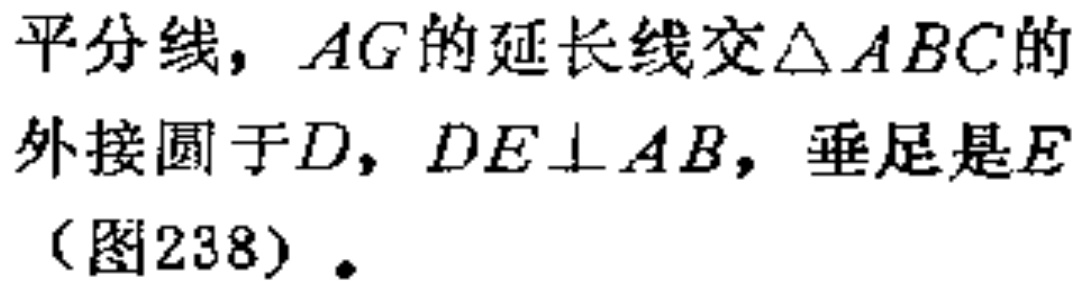
平分线，\(AG\)的延长线交\(\triangle ABC\)的外接圆于\(D\)，\(DE\perp AB\)，垂足是\(E\)（图238）.